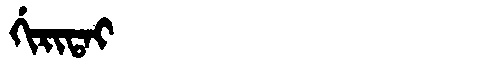
Manchu: ᡤᡳᡵᡳᡨᠠᡳ
Romanization: GIRITAI